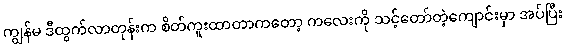
ကျွန်မ ဒီထွက်လာတုန်းက စိတ်ကူးထာတာကတော့ ကလေးကို သင့်တော်တဲ့ကျောင်းမှာ အပ်ပြီး